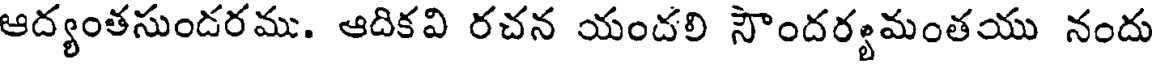
ఆద్యంతసుండరము. ఆదికవి రచన యందలి సౌందర్యమంతయు నందు